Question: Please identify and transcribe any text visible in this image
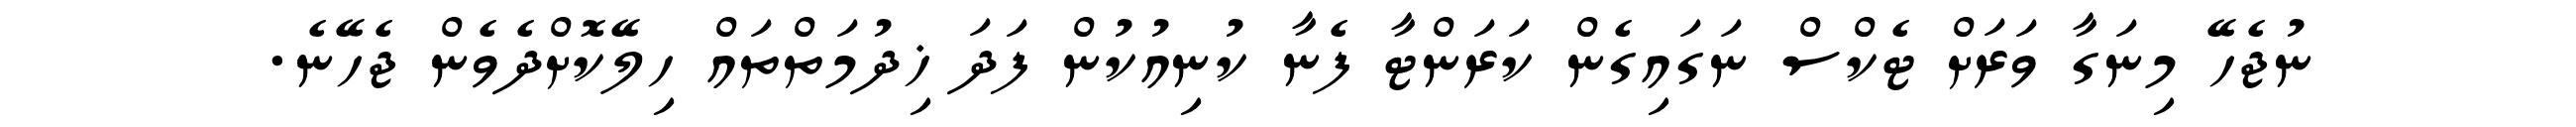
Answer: ނުޖެހޭ މިނަގާ ވަރަށް ޓެކްސް ނަގައިގެން ކަރަންޓާ ފެނާ ކުނިއުކުން ފަދަ ޚިދުމަތްތައް ހިލޭކޮށްދެވެން ޖެހޭނެ.